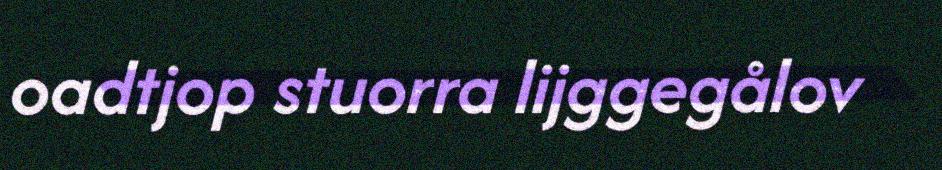
oadtjop stuorra lijggegålov